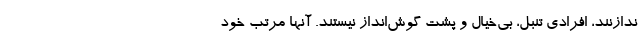
ندازنند، افرادی تنبل، بی‌خیال و پشت گوش‌انداز نیستند. آنها مرتب خود